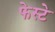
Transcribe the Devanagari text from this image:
फेस्टे